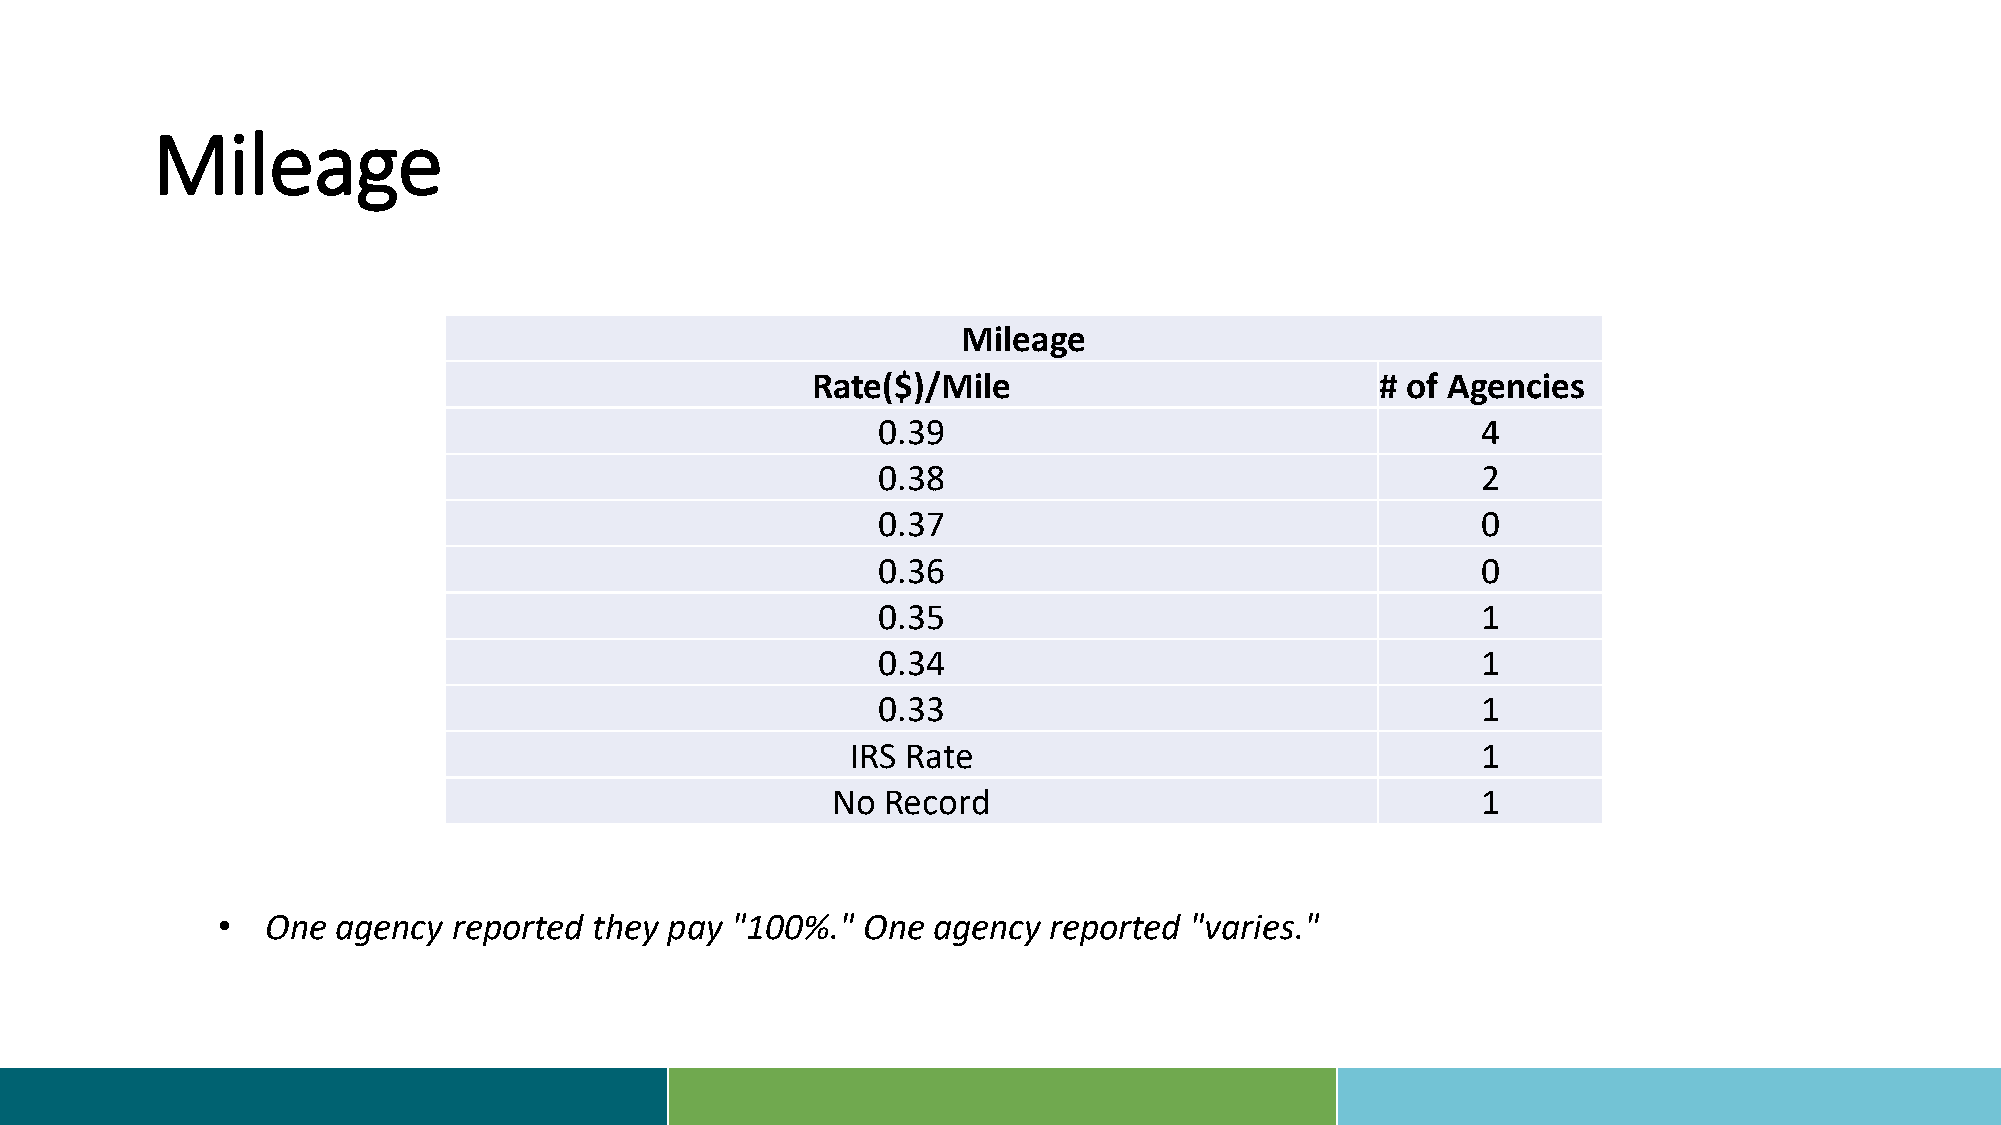
Mileage
 Mileage
 Rate($)/Mile                         # of Agencies
 0.39                                    4
 0.38                                    2
 0.37                                    0
 0.36                                    0
 0.35                                    1
 0.34                                    1
 0.33                                    1
 IRS Rate                                  1
 No  Record                                 1
 •   One agency  reported they pay "100%."  One  agency reported  "varies."